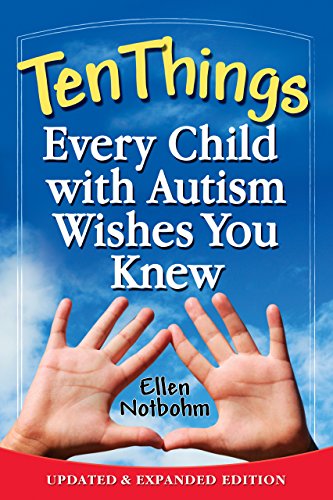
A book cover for Ten Things Every Child with Autism Wishes You Knew: Updated and Expanded Edition; Ellen Notbohm; Parenting & Relationships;